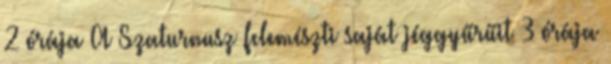
2 órája A Szaturnusz felemészti saját jéggyűrűit 3 órája